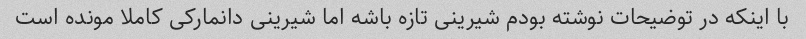
با اینکه در توضیحات نوشته بودم شیرینی تازه باشه اما شیرینی دانمارکی کاملا مونده است